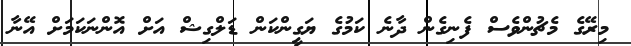
މިރޭގެ މެޗުންވެސް ފެނިގެން ދާނެ ކަމުގެ ޔަގީންކަން ޑަލްގިޝް އަށް އޮންނަކަމަށް އޭނާ